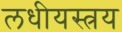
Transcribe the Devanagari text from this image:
लधीयस्त्रय